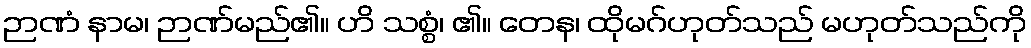
ဉာဏံ နာမ၊ ဉာဏ်မည်၏။ ဟိ သစ္စံ၊ ၏။ တေန၊ ထိုမဂ်ဟုတ်သည် မဟုတ်သည်ကို